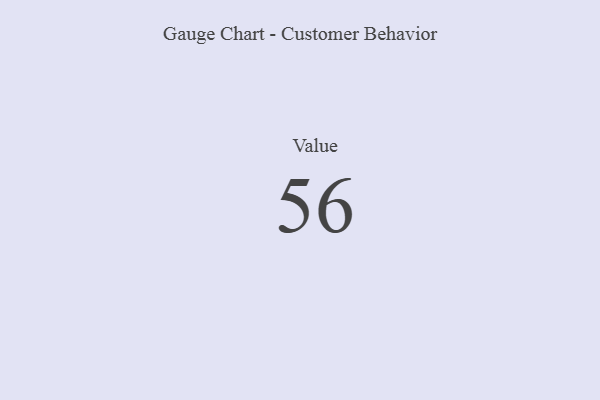
{"axis": {"x": "Metric", "y": "Value"}, "legend": [""], "data": [{"x": "Value", "y": 56, "type": ""}]}